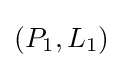
(P_{1},L_{1})